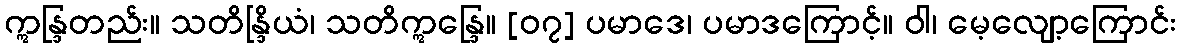
ဣန္ဒြတည်း။ သတိန္ဒြိယံ၊ သတိဣန္ဒြေ။ [၀၇] ပမာဒေ၊ ပမာဒကြောင့်။ ဝါ၊ မေ့လျော့ကြောင်း